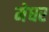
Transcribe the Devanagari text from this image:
मेघर